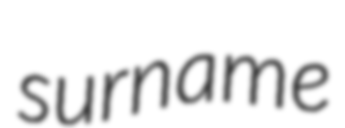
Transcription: surname